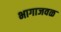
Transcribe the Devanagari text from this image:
भागाजवळ